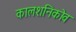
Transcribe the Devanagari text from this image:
कालशनिकोव